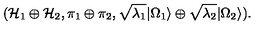
( { \cal H } _ { 1 } \oplus { \cal H } _ { 2 } , \pi _ { 1 } \oplus \pi _ { 2 } , \sqrt { \lambda _ { 1 } } | \Omega _ { 1 } \rangle \oplus \sqrt { \lambda _ { 2 } } | \Omega _ { 2 } \rangle ) .